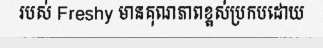
របស់ Freshy មានគុណភាពខ្ពស់ប្រកបដោយ